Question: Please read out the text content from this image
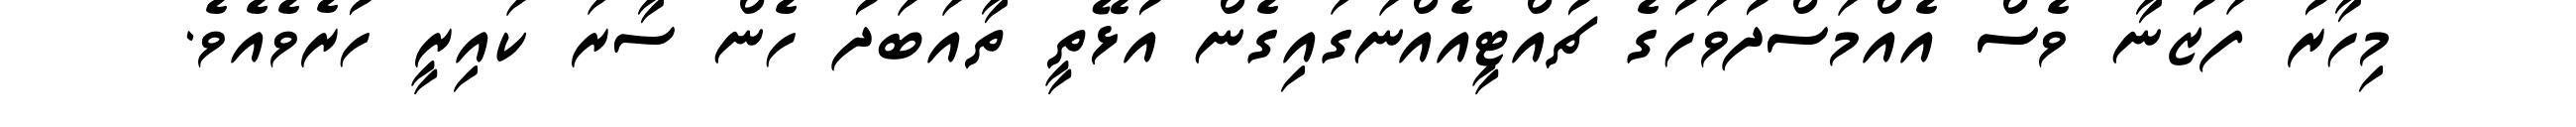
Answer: މިހާރު ފަޒުނާ ވެސް އެއްމަސްދުވަހުގެ ޗުއްޓީއެއްނަގައިގެން އުޅޭތީ ތާއަބަދު ހެން ސާރަ ކައިރީ ހުރެވެއެވެ.